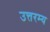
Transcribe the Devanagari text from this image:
उत्तरम्य